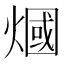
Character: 𤎍